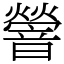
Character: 䪯